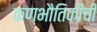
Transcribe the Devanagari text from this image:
कणभौतिकीची